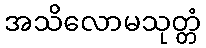
အသိလောမသုတ္တံ